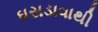
ઘસડાવાથી